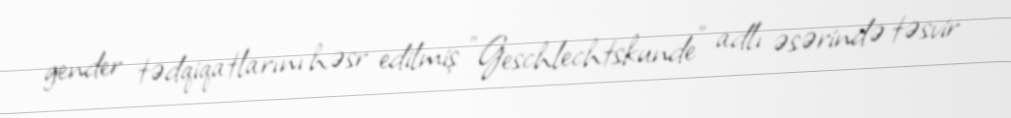
gender tədqiqatlarını həsr edilmiş "Geschlechtskunde" adlı əsərində təsvir